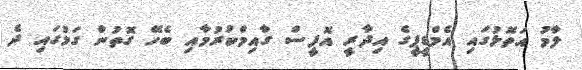
ލާމު އަތޮޅުގައި އެމްޑީޕީގެ އިދާރީ އޮފީސް ގާއިމްކުރުމާއި ބެހޭ ގޮތުން ގަމުގައި ދެ